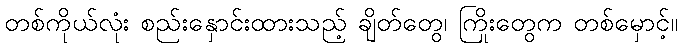
တစ်ကိုယ်လုံး စည်းနှောင်းထားသည့် ချိတ်တွေ၊ ကြိုးတွေက တစ်မှောင့်။